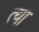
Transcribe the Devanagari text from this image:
त्या